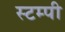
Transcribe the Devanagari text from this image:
स्टम्पी